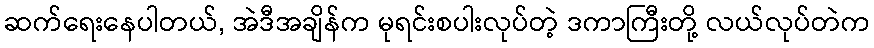
ဆက်ရေးနေပါတယ်, အဲဒီအချိန်က မုရင်းစပါးလုပ်တဲ့ ဒကာကြီးတို့ လယ်လုပ်တဲက